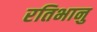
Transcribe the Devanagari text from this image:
रतिभानु